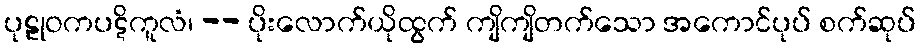
ပုဠုဝကပဋိကူလံ၊ -- ပိုးလောက်ယိုထွက် ကျိကျိတက်သော အကောင်ပုပ် စက်ဆုပ်